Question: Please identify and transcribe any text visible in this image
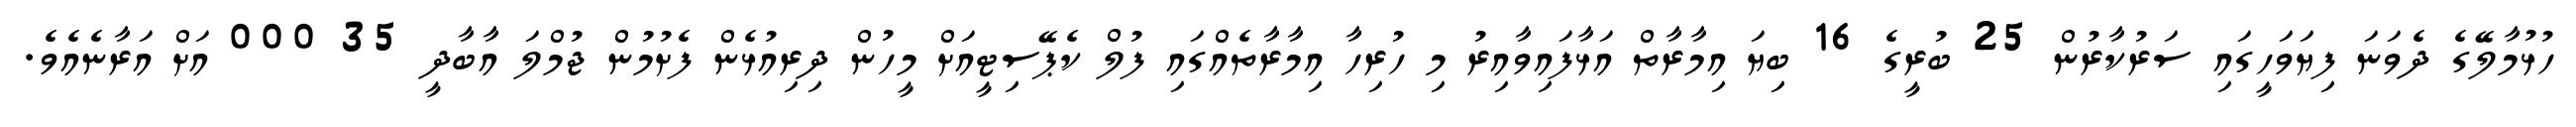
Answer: ހުޅުމާލޭގެ ދެވަނަ ފިޔަވަހީގައި ސަރުކާރުން 25 ބުރީގެ 16 ބިޔަ އިމާރާތް އަޅާފައިވާއިރު މި ހުރިހާ އިމާރާތެއްގައި ފުލް ކެޕޭސިޓީއަށް މީހުން ދިރިއުޅެން ފެށުމުން ޖުމްލަ އާބާދީ 35 000 އަށް އަރާނެއެވެ.